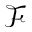
{ \mathcal F }